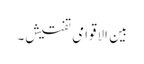
بین الاقوامی تفتیش۔